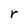
Character: r